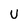
Character: U